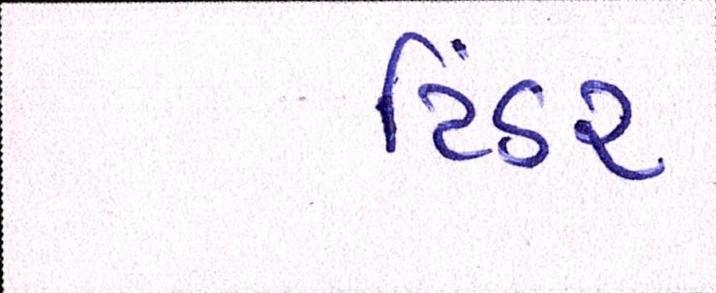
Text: ટિંટર